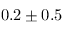
0 . 2 \pm 0 . 5